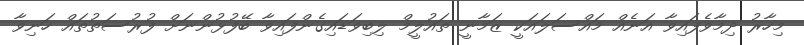
މިހާރު ދިމާވެފައިވާ އަނެއް މައްސަލައަކީ ޒަމާނީ ތައުލީމް ލިބިވަޑައިގެންފައިވާ ބޭފުޅުންނަށް ފުރުސަތުތައް ހަނިވާ